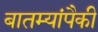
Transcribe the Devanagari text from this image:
बातम्यांपैकी